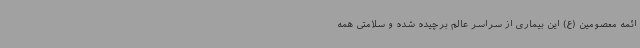
ائمه معصومین (ع) این بیماری از سراسر عالم برچیده شده و سلامتی همه